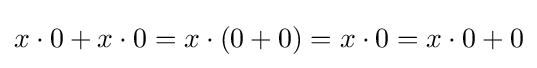
x\cdot 0+x\cdot 0=x\cdot (0+0)=x\cdot 0=x\cdot 0+0